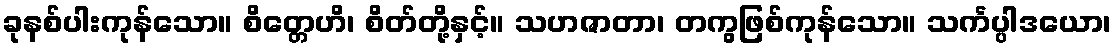
ခုနစ်ပါးကုန်သော။ စိတ္တေဟိ၊ စိတ်တို့နှင့်။ သဟဇာတာ၊ တကွဖြစ်ကုန်သော။ သင်္ကပ္ပါဒယော၊